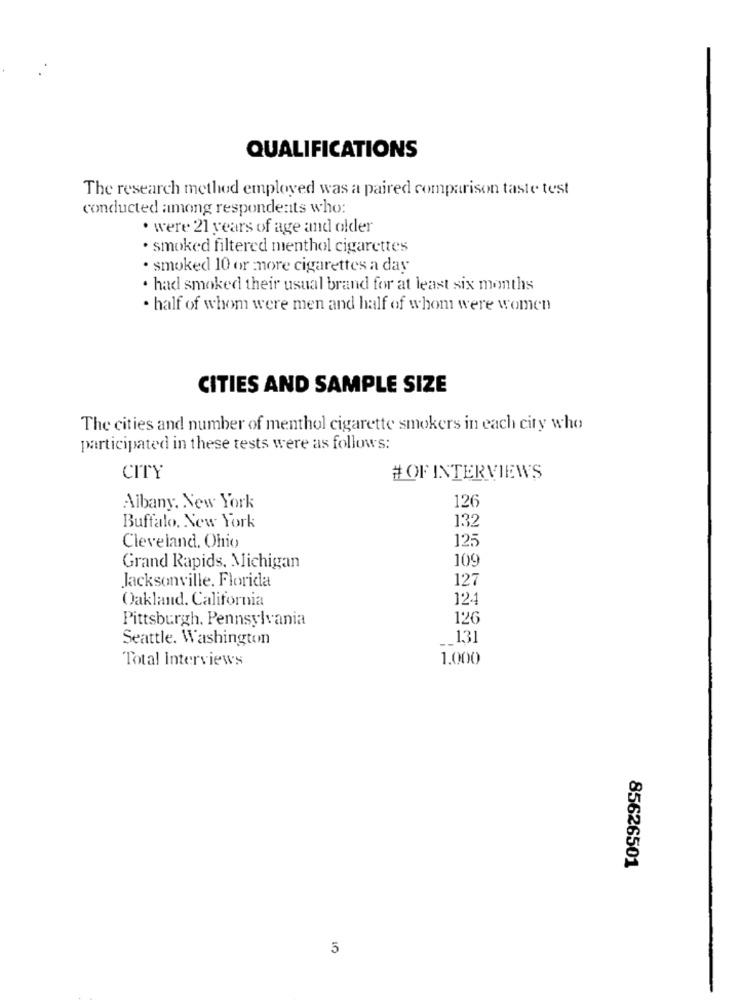
QUALIFICATIONS
The research method employed was a paired comparison taste test
conducted among respondents who:
· were 21 years of age and older
· smoked filtered menthol cigarettes
· smoked 10 or more cigarettes a day
· had smoked their usual brand for at least six months
half of whom were men and half of whom were women
CITIES AND SAMPLE SIZE
The cities and number of menthol cigarette smokers in each city who
participated in these tests were as follows:
CITY
# OF INTERVIEWS
126
Albany. New York
Buffalo, New York
132
Cleveland, Ohio
125
109
Grand Rapids, Michigan
Jacksonville, Florida
127
Oakland. California
124
Pittsburgh, Pennsylvania
126
Seattle. Washington
1,31
Total Interviews
1.000
85626501
5